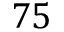
7 5